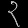
Digit: ၃